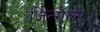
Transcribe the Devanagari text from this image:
जिन्गैल्स।